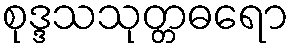
စုဒ္ဒသသုတ္တဓရော